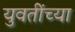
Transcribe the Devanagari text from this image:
युवतींच्या